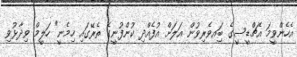
އެހެންވީމަ އެޗްޑީސީގެ ބަިއވެރިވުން އަލަށް އުފެއްދި ކުންފުނީގެ ތެރޭގައި ހިމެނީ" ހަލީމް ވިދާޅުވި